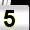
Digit: 5